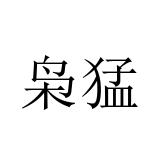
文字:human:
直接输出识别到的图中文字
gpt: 枭猛